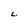
Character: C